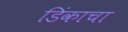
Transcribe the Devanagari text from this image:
डिंकाचा